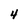
Character: 4